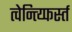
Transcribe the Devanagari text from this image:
त्वेन्त्य्फिर्स्त